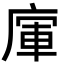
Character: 𢉦